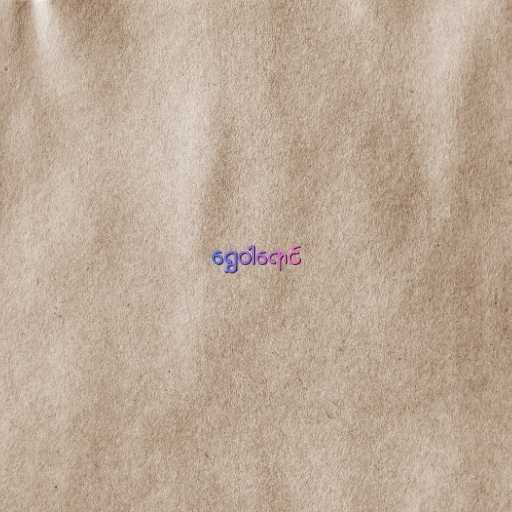
ရွှေဝါရောင်